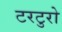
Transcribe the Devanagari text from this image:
टरटुरो